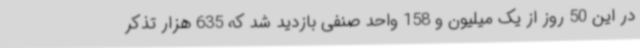
در این 50 روز از یک میلیون و 158 واحد صنفی بازدید شد که 635 هزار تذکر